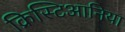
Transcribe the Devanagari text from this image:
क्रिस्टिआनिया